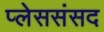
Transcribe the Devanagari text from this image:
प्लेससंसद